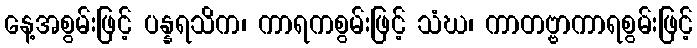
နေ့အစွမ်းဖြင့် ပန္နရသိက၊ ကာရကစွမ်းဖြင့် သံဃ၊ ကာတဗ္ဗာကာရစွမ်းဖြင့်